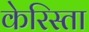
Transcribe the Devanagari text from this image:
केरिस्ता